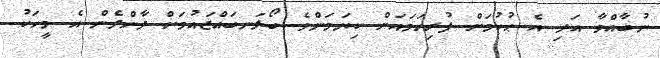
ނުބާއްވާ އަދި އެ ޙުކުމަށް ފުރިހަމައަށް ކިޔަމަންވެ ބޯލަނބައްޖައުމަށް ދާންދެން އެ މީހަކު